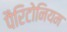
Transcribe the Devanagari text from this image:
पैरिटोनियम